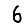
Digit: 6